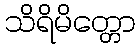
သိရိမိတ္တော